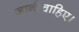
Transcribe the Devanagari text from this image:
जानीचाहिए।